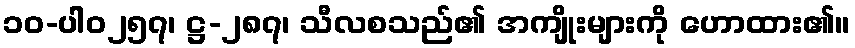
၁၀-ပါ၀၂၅၇၊ ဋ္ဌ-၂၈၇၊ သီလစသည်၏ အကျိုးများကို ဟောထား၏။